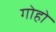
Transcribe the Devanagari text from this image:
गोहो